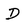
Character: D